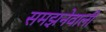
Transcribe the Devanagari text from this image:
समझनेवाली